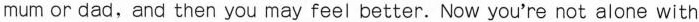
mum or dad,and then you may feel better. Now you're not alone with